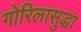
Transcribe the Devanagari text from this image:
गोरिलासुद्धा